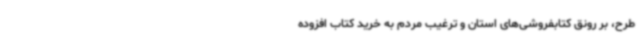
طرح، بر رونق کتابفروشی‌های استان و ترغیب مردم به خرید کتاب افزوده